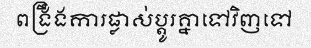
ពង្រឹងការផ្លាស់ប្តូរគ្នាទៅវិញទៅ